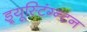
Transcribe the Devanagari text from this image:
ड्र्यूस्टिंग्न्टन